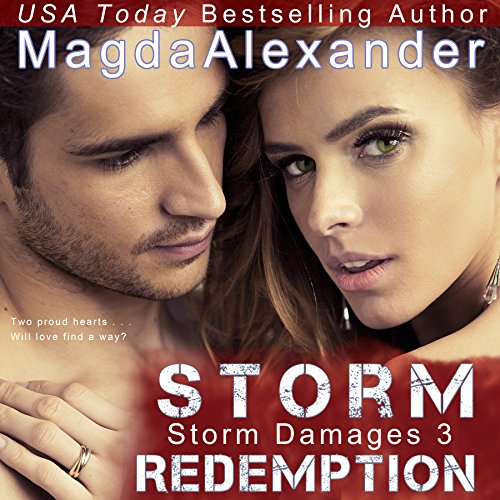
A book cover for Storm Redemption: Storm Damages, Book 3; Magda Alexander; Romance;